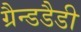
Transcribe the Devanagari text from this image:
ग्रैन्डडैडी